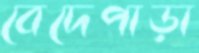
বেদেপাড়া